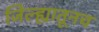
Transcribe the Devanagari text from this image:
जिल्ह्यातूनच